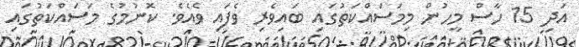
އަދި 15 ހާސް މީހުން މިމަސައްކަތުގައި ބައިވެރި ވެފައި ވެއެވެ. ކޮނުމުގެ މަސައްކަތުގައި